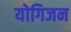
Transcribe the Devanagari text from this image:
योगिजन